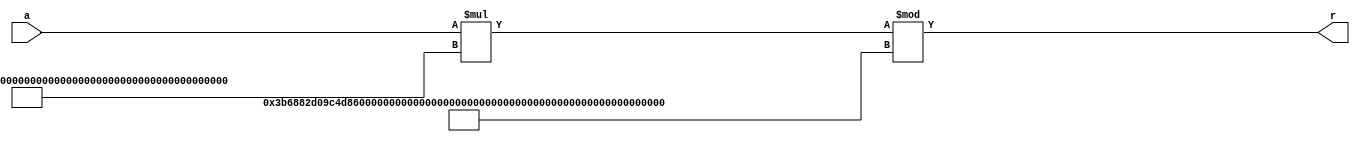
module mult_const_128_bit_mod(
     a,
     r
    );

input [8:1] a;
output [258:1] r;

assign r = (a * 258'd428092581552246531046308046973043184312835253714261251748800951846523264768000) % 258'd429937808196868283335300754072064922176252647049236515764959576638965175392000;

endmodule